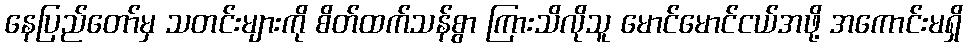
နေပြည်တော်မှ သတင်းများကို စိတ်ထက်သန်စွာ ကြားသိလိုသူ မောင်မောင်ငယ်အဖို့ အကောင်းမရှိ